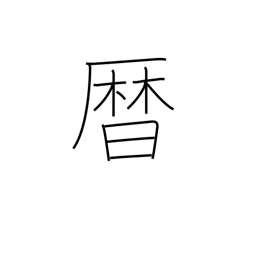
Meaning: calendar